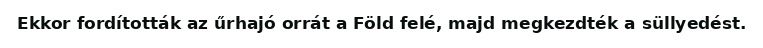
Ekkor fordították az űrhajó orrát a Föld felé, majd megkezdték a süllyedést.